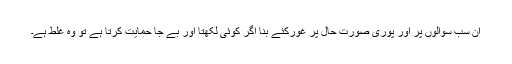
ان سب سوالوں پر اور پوری صورت حال پر غورکئے بنا اگر کوئی لکھتا اور بے جا حمایت کرتا ہے تو وہ غلط ہے۔